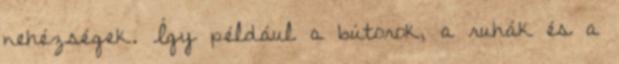
nehézségek. Így például a bútorok, a ruhák és a